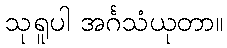
သုရူပါ အင်္ဂသံယုတာ။